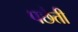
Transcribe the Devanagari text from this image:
पछैती